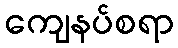
ကျေနပ်စရာ